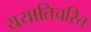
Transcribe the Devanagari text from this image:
ययातिचरित